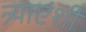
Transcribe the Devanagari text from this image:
त्र्याएंशी